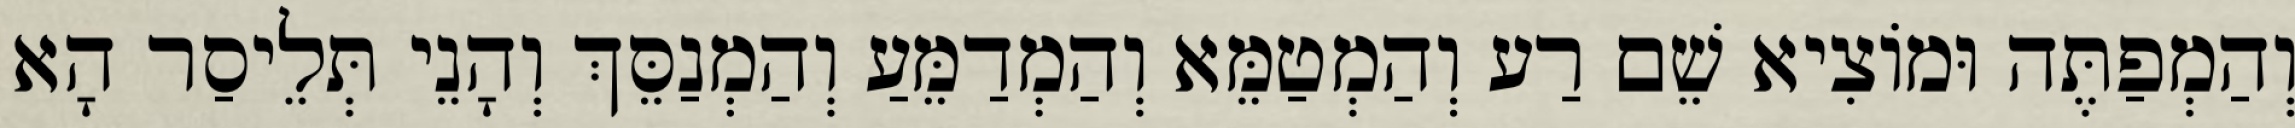
וְהַמְפַתֶּה וּמוֹצִיא שֵׁם רַע וְהַמְטַמֵּא וְהַמְדַמֵּעַ וְהַמְנַסֵּךְ וְהָנֵי תְּלֵיסַר הָא